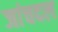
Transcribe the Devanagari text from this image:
जांचदल